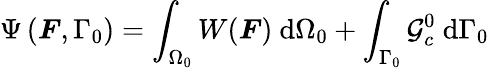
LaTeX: \Psi\left(\boldsymbol{F},\Gamma_{0}\right)=\int_{\Omega_{0}}W(\boldsymbol{F})\ \mathrm{d}\Omega_{0}+\int_{\Gamma_{0}}\mathcal{G}_{c}^{0}\ \mathrm{d}\Gamma_{0}